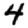
Digit: 4